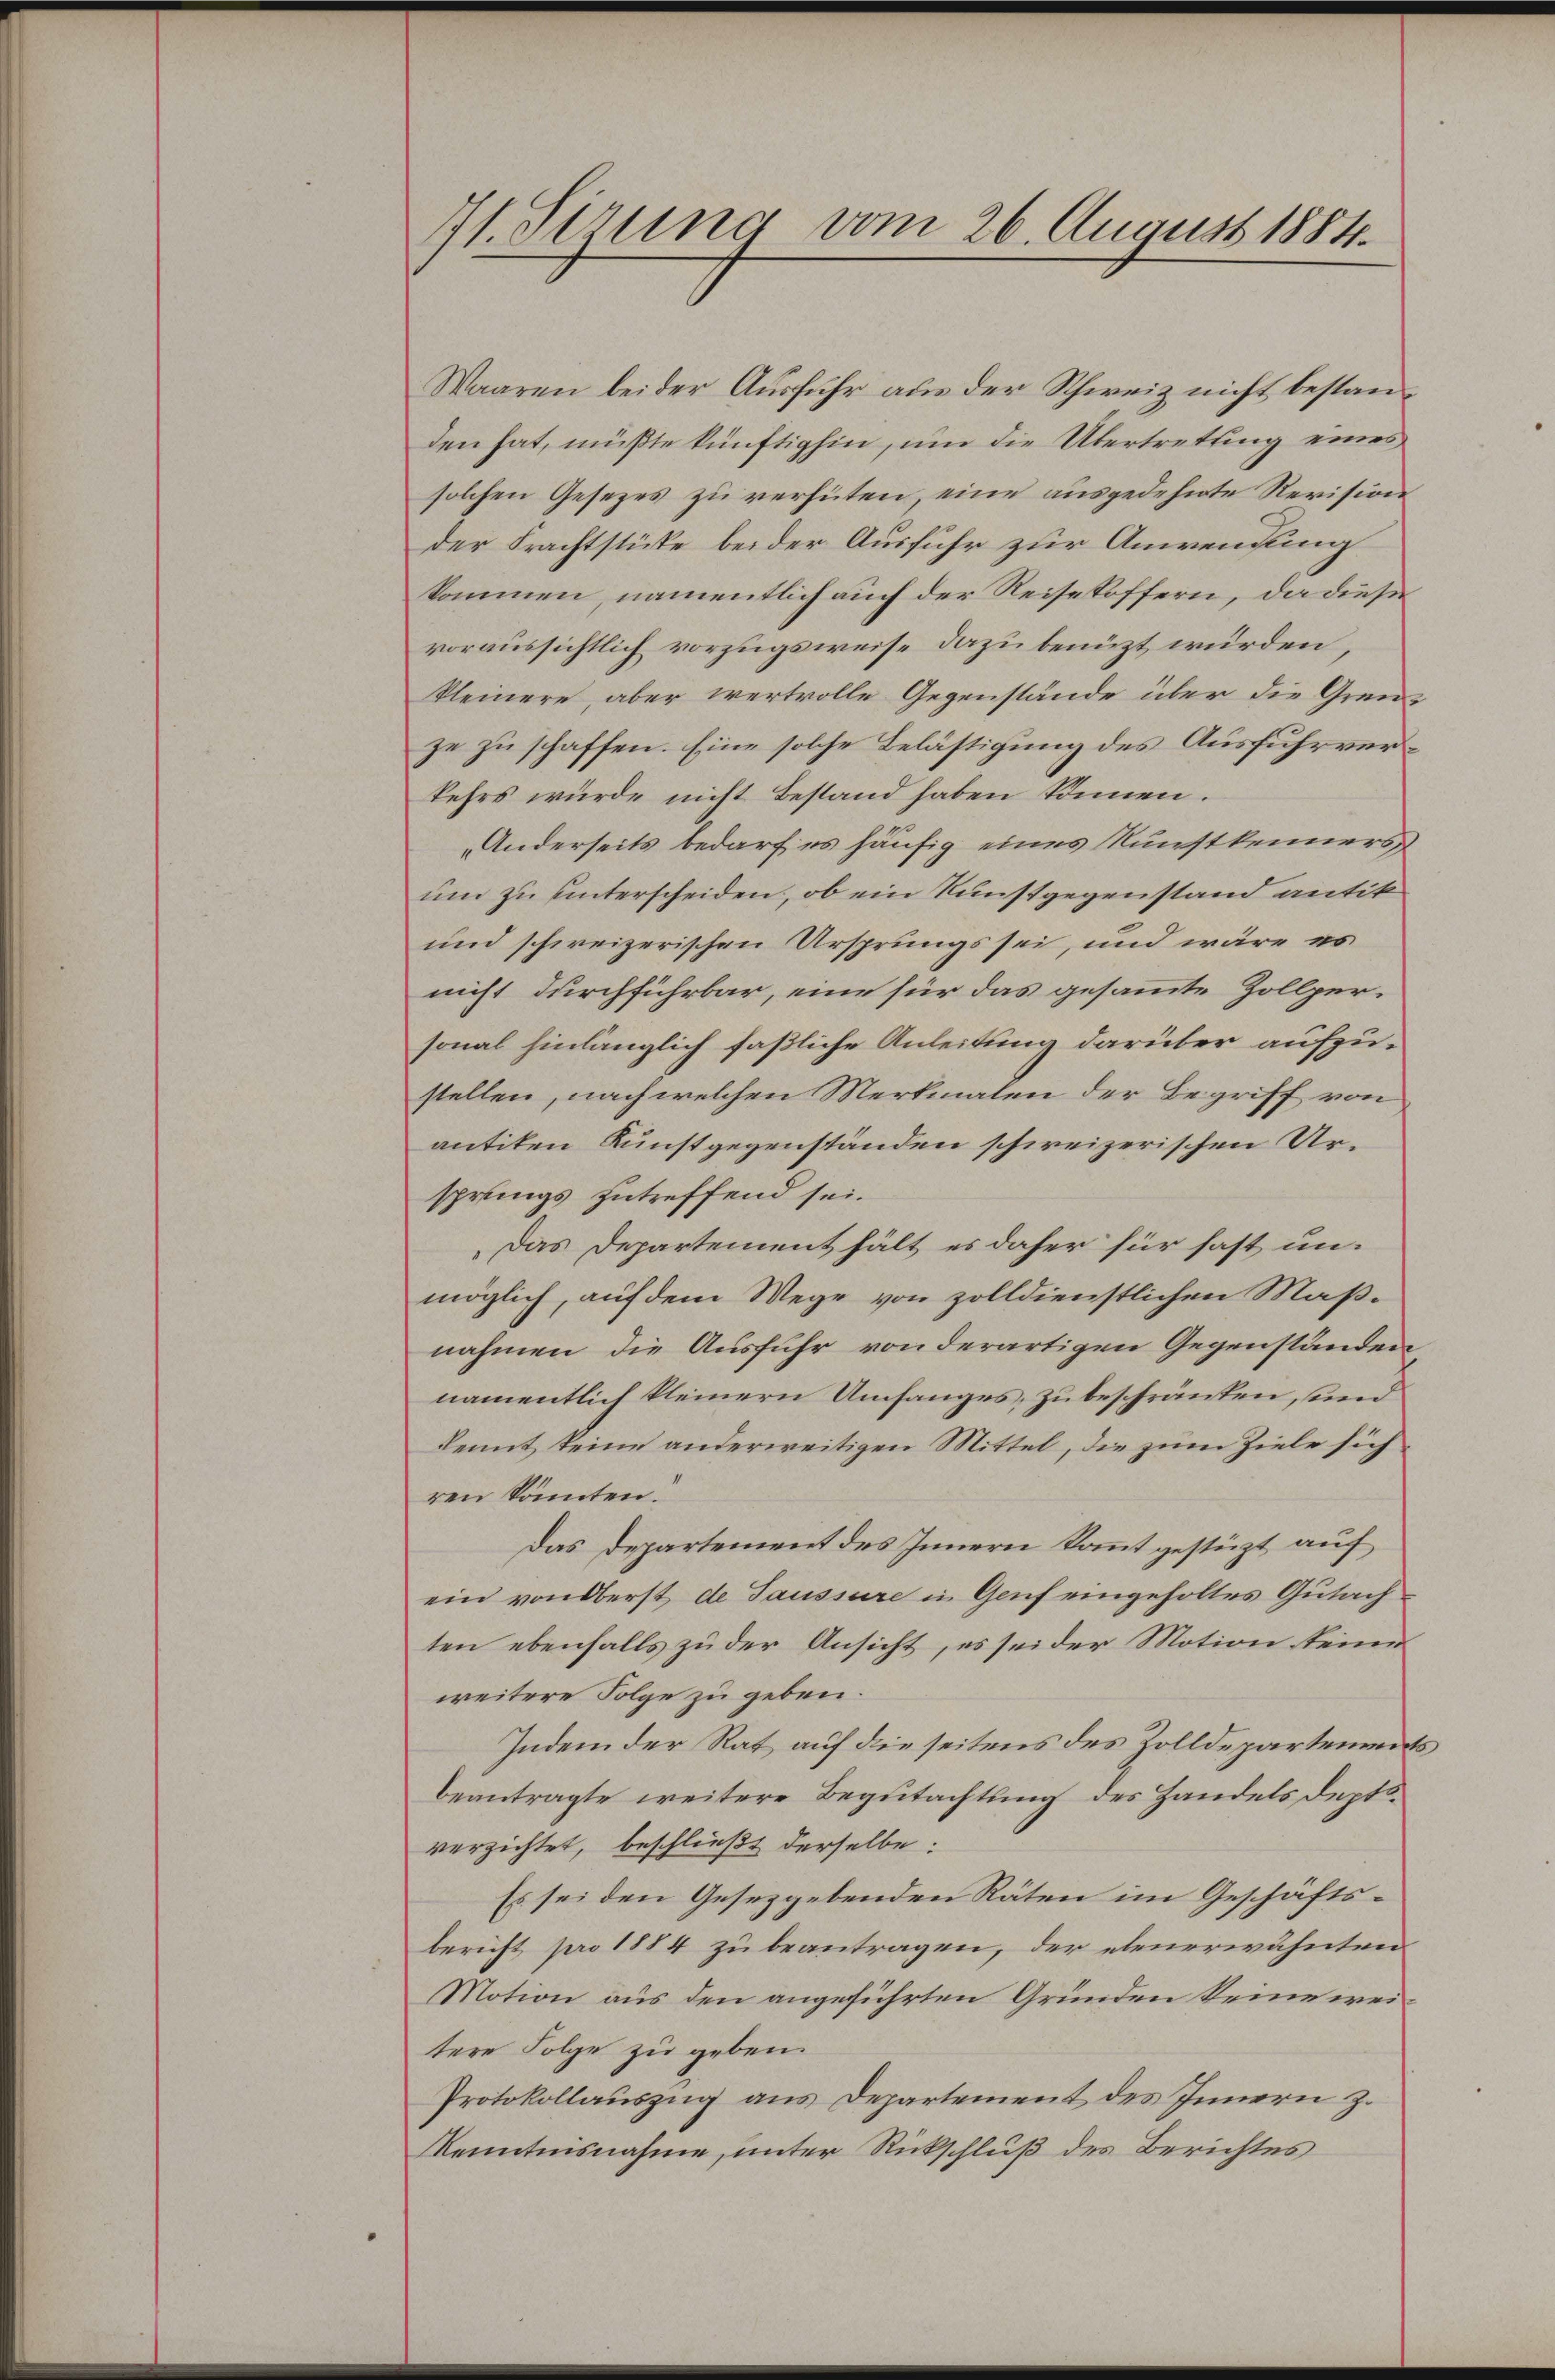
71. Sezung vom 26. August 1884.

Waaren bei der Ausfuhr aus der Schweiz nicht bestanden hat, müßte künftighin, um die Übertretung eines
solchen Gesezes zu verhüten, eine ausgedehnte Revision
der Frachtstücke beider Ausfuhr zur Anweisung
kommen, namentlich auch der Reisekoffern, da diese
voraussichtlich vorzugsweise dazu benüzt würden,
Kleinere, aber wertvolle Gegenstände über die Grenze zu schaffen. Eine solche Belästigung des Ausfuhrverkehrs würde nicht Bestand haben können.
Anderseits bedarf es häufig eines Kunstkenners
um zu unterscheiden, ob ein Kunstgegenstand antik
und schweizerischen Ursprungs sei, und wäre es
nicht durchführbar, eine für das gesammte Zollpersonal hinlänglich faßliche Anleitung darüber aufzustellen, nach welchen Merkmalen der Begriff von
antiken Kunstgegenständen schweizerischen Ursprungs zutreffend sei.
Das Departement hält es daher für fast un-
möglich, auf dem Wege von zolldienstlichen Maßnahmen, die Ausfuhr von derartigen Gegenständen
namentlich kleinern Umfanges, zu beschränken, und
kennt keine anderweitigen Mittel, die zum Ziele sich
ren könnten.
Das Departement des Innern kommt gestützt auf
ein von Oberst de Saussure in Genf eingeholtes Gutach
ten ebenfalls zu der Ansicht, es sei der Motion seine
weitere Folge zu geben.
Indem der Rat auf die seitens des Zolldepartements
beantragte weitere Begutachtung des Handels deptsverzichtet, beschließt derselbe:
Es sei den Gesetzgebenden Räten im Geschäftsbericht pro 1884 zu beantragen, der eteerwähnten
Motion aus den angeführten Gründen Seine weitere Folge zu geben.
Protokollauszug aus Departement des Innern Z.
Kenntnisnahme, unter Rückschluß des Berichtes